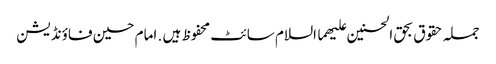
جملہ حقوق بحق الحسنین علیھما السلام سائٹ محفوظ ہیں . امام حسین فاؤنڈیشن